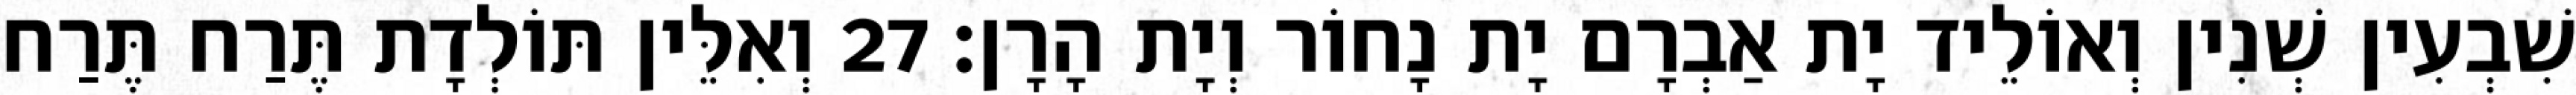
שִׁבְעִין שְׁנִין וְאוֹלֵיד יָת אַבְרָם יָת נָחוֹר וְיָת הָרָן׃ 27 וְאִלֵּין תּוֹלְדָת תֶּרַח תֶּרַח